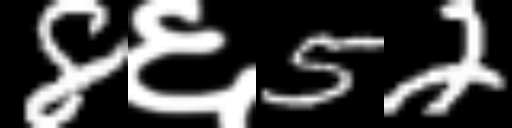
Text: 8६52